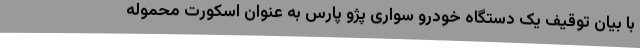
با بیان توقیف یک دستگاه خودرو سواری پژو پارس به عنوان اسکورت محموله